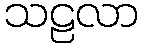
သဠလာ